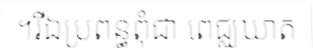
។រីឯប្រពន្ធពុំជា ពេជ្ឈឃាត